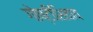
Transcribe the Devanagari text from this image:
गोष्टीशिवाय